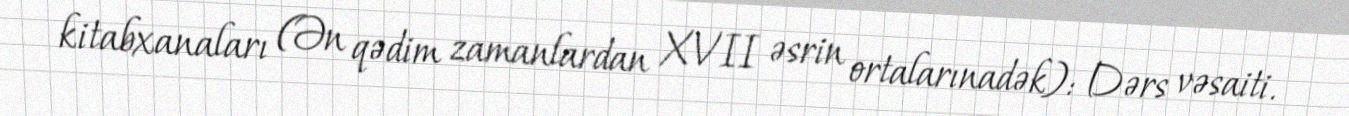
kitabxanaları (Ən qədim zamanlardan XVII əsrin ortalarınadək): Dərs vəsaiti.